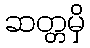
ဆတ္တမှိ